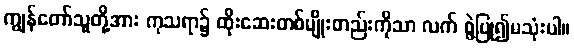
ကျွန်တော်သူတို့အား ကုသရာ၌ ထိုးဆေးတစ်မျိုးတည်းကိုသာ လက် စွဲပြု၍မသုံးပါ။